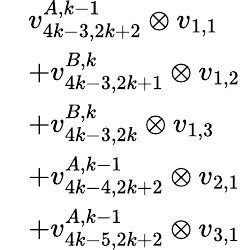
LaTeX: \begin{array}{rl}&{v_{4k-3,2k+2}^{A,k-1}\otimes v_{1,1}}\\ &{+v_{4k-3,2k+1}^{B,k}\otimes v_{1,2}}\\ &{+v_{4k-3,2k}^{B,k}\otimes v_{1,3}}\\ &{+v_{4k-4,2k+2}^{A,k-1}\otimes v_{2,1}}\\ &{+v_{4k-5,2k+2}^{A,k-1}\otimes v_{3,1}}\end{array}